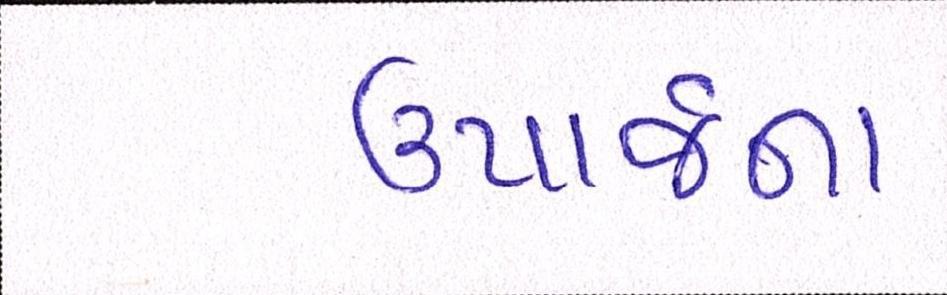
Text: ઉપાર્જન